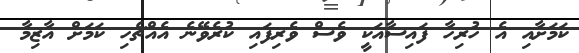
ކަމަށާއި އެ ހުރިހާ ފައިސާއަކީ ވެސް ވެރިފައި ކުރެވޭނެ އެއްޗެހި ކަމަށް އާޒިމާ